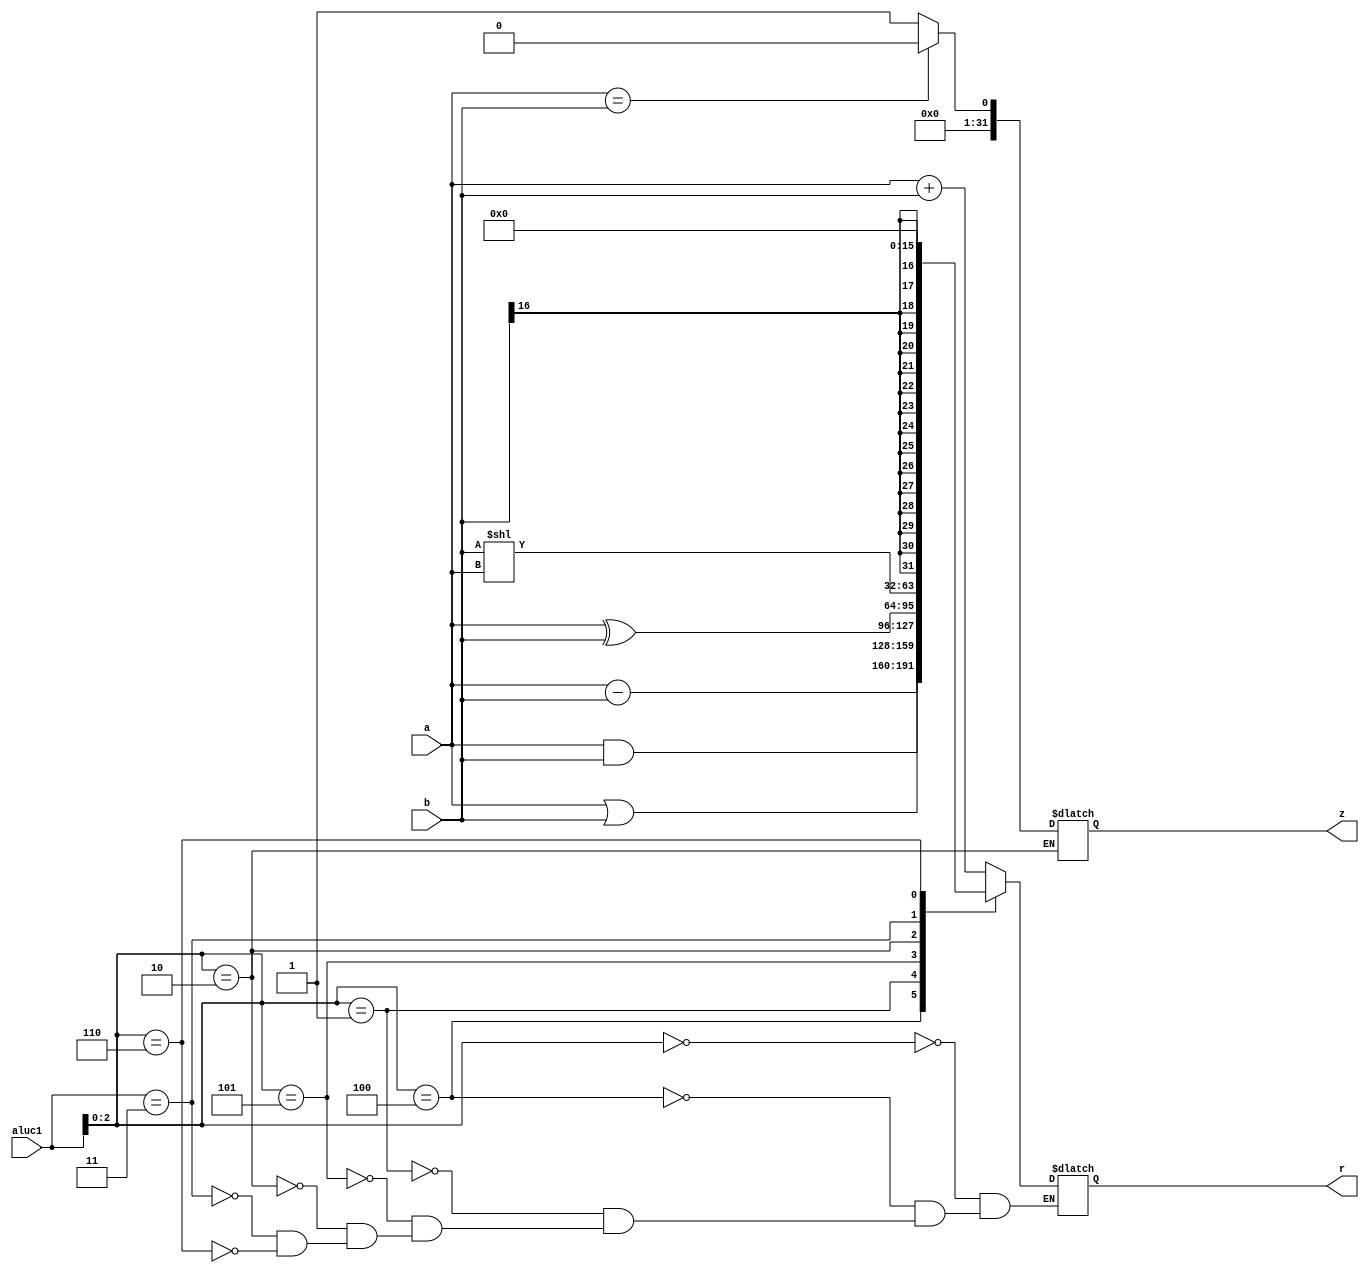
`timescale 1ns / 1ps
//////////////////////////////////////////////////////////////////////////////////
// Company: 
// Engineer: 
// 
// Design Name: 
// Module Name: aluc
// Project Name: 
// Target Devices: 
// Tool Versions: 
// Description: 
// 
// Dependencies: 
// 
// Revision:
// Revision 0.01 - File Created
// Additional Comments:
// 
//////////////////////////////////////////////////////////////////////////////////


module aluc(
    input [3:0] aluc1,
    input [31:0] a,
    input [31:0] b,
    output [31:0] r,
    output reg [31:0] z
);

    reg [31:0] temp_result;

    always @(*) begin
        casex(aluc1) 
            4'bx000: 
                temp_result = a + b; // add
            4'bx100: 
                temp_result = a - b; // sub
            4'bx001: 
                temp_result = a & b; // and
            4'bx101: 
                temp_result = a | b; // or
            4'bx010: 
                begin      
                   temp_result = a ^ b; // xor
                   if(a==b) begin
                        z = 1'b0;
                   end
                   else begin
                        z = 1'b1;
                   end
                end
                
            4'b0011: 
                temp_result = b << a; // sll
            4'bx110: 
                temp_result = {{16{b[16]}},16'b0}; // lui
       
        endcase
        
    end
    
    assign r = temp_result;
endmodule